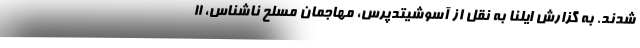
شدند. به گزارش ایلنا به نقل از آسوشیتدپرس، مهاجمان مسلح ناشناس، ۱۱